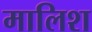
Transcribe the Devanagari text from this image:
मालिश्‍ा